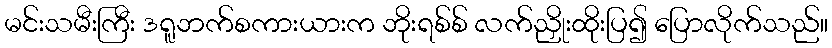
မင်းသမီးကြီး ဒရူဘက်စကားယားက ဘိုးရစ်စ် လက်ညှိုးထိုးပြ၍ ပြောလိုက်သည်။